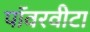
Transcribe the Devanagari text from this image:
पॉवरवीटा